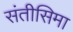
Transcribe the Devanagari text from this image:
संतीसिमा